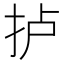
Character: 𢫘